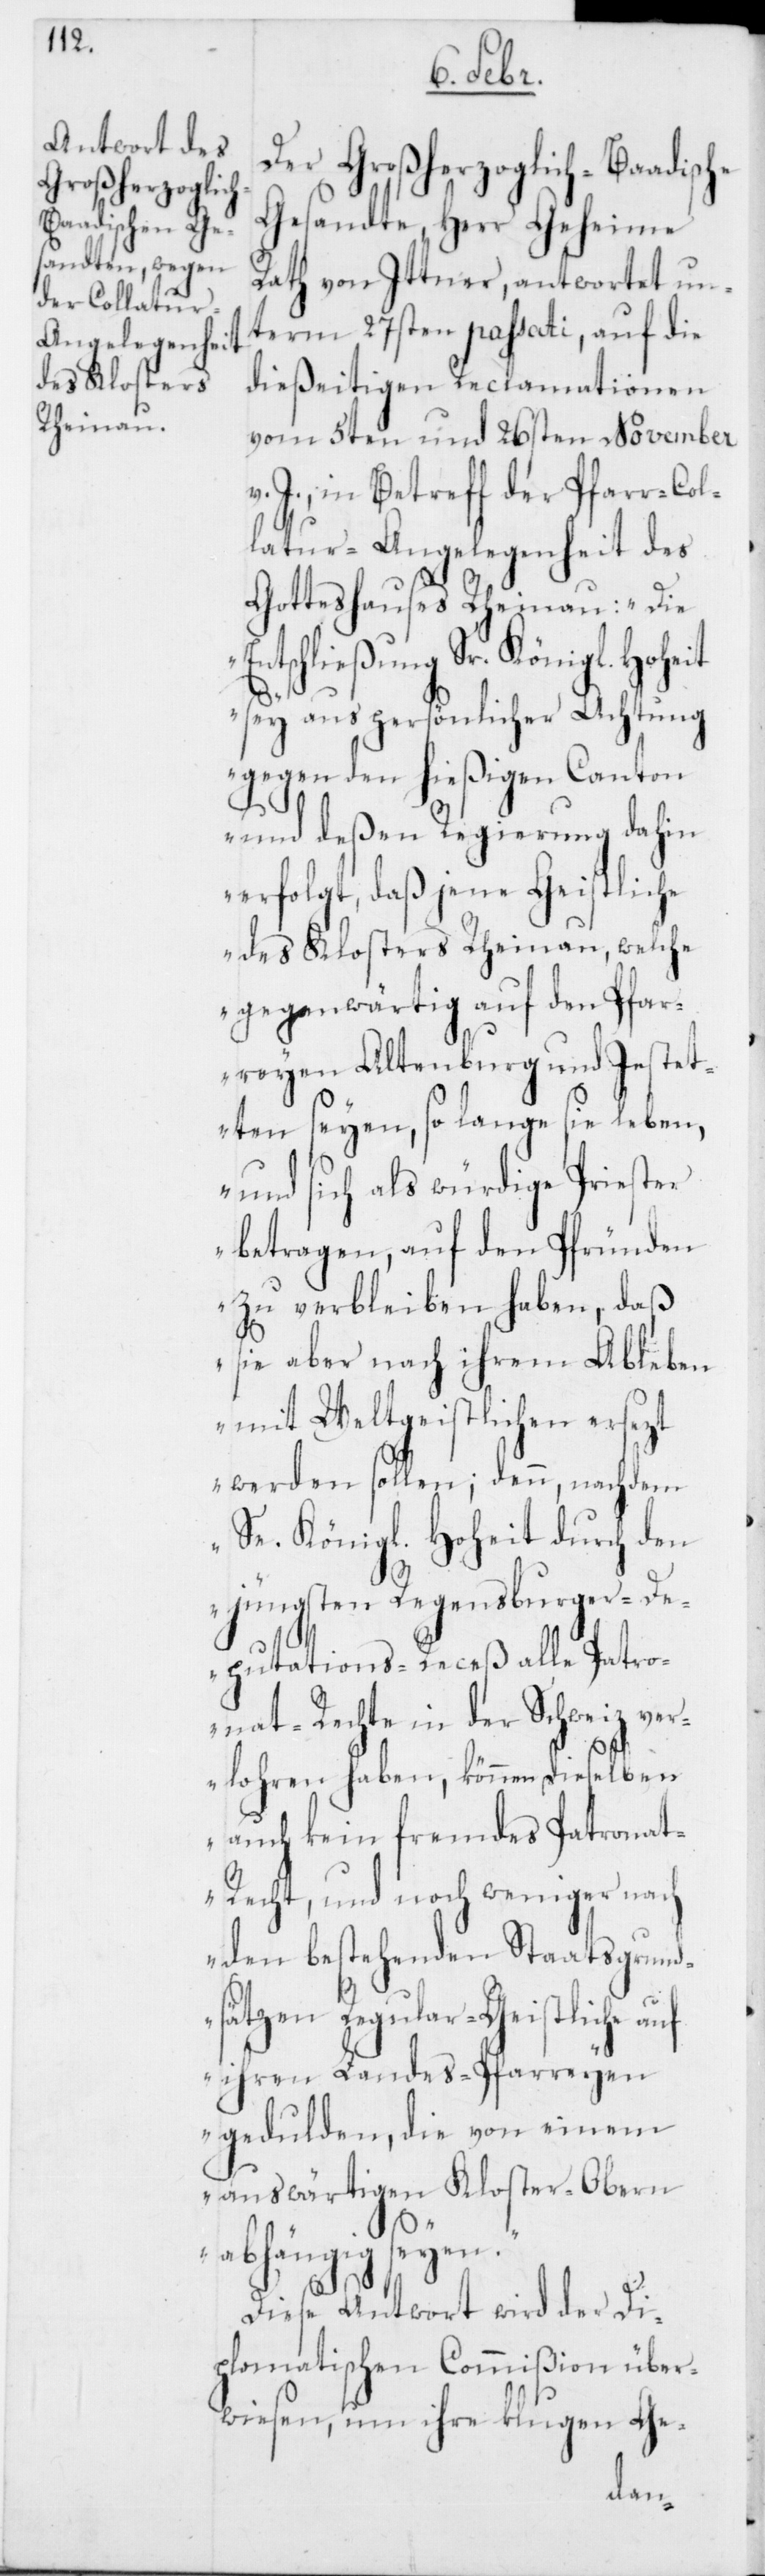
Der Großherzoglich-Baadische
Gesandte, Herr Geheime
Rath von Ittner, antwortet un¬
term 27sten passati, auf die
dießeitigen Reclamationen
vom 5ten und 26sten November
v. J., in Betreff der Pfarr-Col¬
latur-Angelegenheit des
Gotteshauses Rheinau: „Die
Entschließung Sr. Königlichen
sey aus persönlicher Achtung
gegen den hießigen Canton
und deßen Regierung dahin
erfolgt, daß jene Geistliche
des Klosters Rheinau, welche
gegenwärtig auf den Pfar¬
reyen Altenburg und Jestet¬
ten seyen , so lange sie leben,
und sich als würdige Priester
betragen, auf den Pfründen
zu verbleiben haben, daß
sie aber nach ihrem Ableben
mit Weltgeistlichen ersezt
werden sollen; denn, nachdem
Se. Königl. Hoheit durch den
jüngsten Regensburger-D¬
eputations-Receß alle Patro¬
nat-Rechte in der Schweiz ver¬
loren haben, können dieselben
auch kein fremdes Patrona¬
t-Recht, und noch weniger nach
den bestehenden Staatsgrund¬
sätzen Regular-Geistliche
ihren Landes-Pfarreyen
gedulden, die von einem
auswärtigen Kloster-Obern
abhängig seyen.“
Diese Antwort wird der Di¬
plomatischen Commißion über¬
wiesen, um ihre klugen Ge-